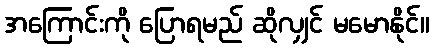
အကြောင်းကို ပြောရမည် ဆိုလျှင် မမောနိုင်။